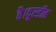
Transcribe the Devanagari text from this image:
है।दूरडीह